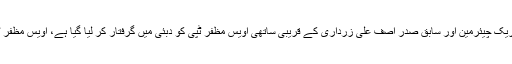
نجی ٹی وی کے مطابق پیپلزپارٹی کے شریک چیئرمین اور سابق صدر آصف علی زرداری کے قریبی ساتھی اویس مظفر ٹپی کو دبئی میں گرفتار کر لیا گیا ہے، اویس مظفر ٹپی کو انٹرپول کی مدد سے گرفتارکیا گیا۔